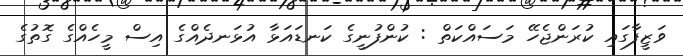
ވަޒީފާގައި ކުރަންޖެހޭ މަސައްކަތް : ކުންފުނީގެ ކަނޑައަޅާ އުޅަނދެއްގެ އިސް މީހެއްގެ ގޮތުގެ